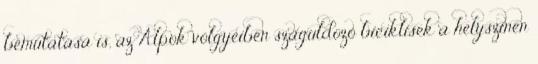
bemutatása is, az Alpok völgyeiben száguldozó biciklisek a helyszínen